Vaccination in the Punjab 1883-1896 - 1883-1896
Year: 1883
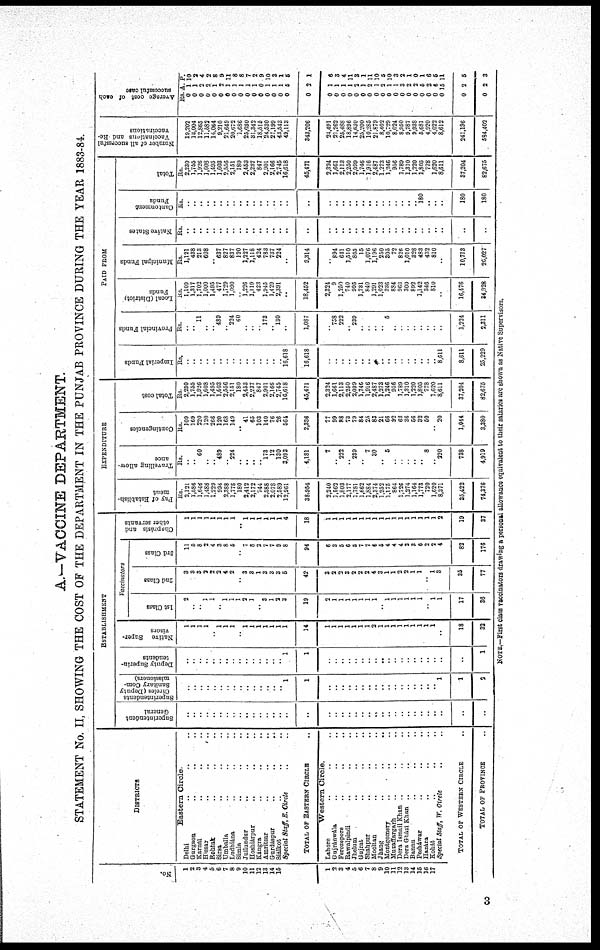
A.-VACCINE DEPARTMENT.
STATEMENT No. II, SHOWING THE COST OF THE DEPARTMENT IN THE PUNJAB PROVINCE DURING THE YEAR 1883-84.
No.
1
2
3
4
5
6
7
8
9
10
11
12
13
14
15
1
2
3
4
5
6
7
8
9
10
11
12
13
14
15
16
17
DISTRICTS
Eastern Circle.
Delhi ... ... ...
Gurgaon ... ... ...
Karnál ... ... ...
Hissar ... ... ...
Rohtak ... ... ...
Sirsa ... ... ...
Umballa ... ... ...
Ludhiána ... ... ...
Simla ... ... ...
Jullundur ... ... ...
Hoshiárpur ... ... ...
Kángra ... ... ...
Amritsar ... ... ...
Gurdaspur ... ... ...
Siálkot ... ... ...
Special Staff. E. Circle ... ...
TOTAL OF EASTERN CIRCLE
Western Circle.
Lahore ... ... ...
Gujránwála ... ... ...
Ferozepore ... ... ...
Rawalpindi ... ... ...
Jhelum ... ... ...
Gujrat ... ... ...
Shahpur ... ... ...
Mooltan ... ... ...
Jhang ... ... ...
Montgomery ... ... ...
Muzaffargarh ... ... ...
Dera Ismail Khan ... ... ...
Dera Gházi Khan ... ... ...
Bannu ... ... ...
Pesháwar ... ... ...
Hazára ... ... ...
Kohát ... ... ...
Special Staff, W. Circle ... ...
TOTAL OF WESTERN CIRCLE ...
TOTAL OF PROVINCE ...
ESTABLISHMENT
Superintendent
General
...
...
...
...
...
...
...
...
...
...
...
...
...
...
...
...
...
...
...
...
...
...
... ...
...
...
...
...
...
...
...
...
...
...
...
...
Superintendents
Circles (Deputy
Sanitary Com-
missioners)
...
...
...
...
...
...
...
...
...
...
...
...
...
...
... 1
1
...
...
...
...
...
...
...
...
...
...
...
...
...
...
...
...
... 1
1
2
Deputy Superin¬
tendents
...
...
...
...
...
... ...
...
...
...
...
...
...
...
... 1
1
...
...
...
...
...
...
...
...
...
...
...
...
...
...
...
...
...
...
...
1
Native
Super-
visors
1
1
1
1
... 1
1
1
... 1
1
1
1
1
1
1
14
1
1
1
1
1
1
1
2
1
1
1
1
1
1
1
1
1
...
18
32
Vaccinators
1st Class
2
1
1
1
1
1
2
1
...
3
1
2 3
19
2
1
1
1
1
1
1
1
... 1
1
1
1
1
1
... 1
1
17
36
2nd Class
3
3
3
2
2
2
4
2
... 3
3
1
3
3
3
5
42
3
2
2
3
2
2
2
4
3
1
1
2
2
1
1
... 1
3
35
77
3rd Class
11
5
8
2
4
3
8
5
... 7
8
2
7
7
9
8
94
6
3
5
6 5
7
7
6
5
4
4
4
3
3
6
2
2
4
82
176
Chaprásis and
other servants
1
1
I
1
1
1
1
1
... 1
1
1
1
1
1
4
18
1
1
1
1
1
1
1
1
1
1
1
1
1
1
1
1
1
2
19
37
EXPENDITURE
Pay of Establish¬
ment
Rs.
2,121
1,586
1,646
1,488
1,229
994
2,388
1,778
180
2,412
2,172
744
2,588
2,078
2,589
12,961
38,954
2,240
1,562
1,803
2,177
1,781
1,662
1,884
2,374
1,252
1,175
864
1,726
1,274
1,164
1,773
720
1,620
8,371
35,422
74,376
Travelling allow-
ance
Rs.
...
... 60
...
... 489
224
...
...
...
... 173
12
130
3,093
4,181
7
... 223
... 239
...
7
30
5
...
...
...
...
...
8
... 220
738
4,919
Contingencies
Rs.
109
169
220
120
266
120
168
149
... 41
65
103
140
76
26
564
2,336
77
99
88
73
79
84
25
83
21
66
92
63
36
56
32
50
... 20
1,044
3,380
Total cost
Rs.
2,230
1,755
1,926
1,608
1,495
1,603
2,556
2,151
180
2,453
2,237
847
2,901
2,166
2,745
16,618
45,471
2,324
1,661
2,113
2,250
2,099
1,746
1,916
2,487
1,273
1,246
956
1,789
1,310
1,220
1,805
778
1,620
8,611
37,204
82,675
PAID FROM
Imperial Funds
Rs.
...
...
...
...
...
...
...
...
...
...
...
...
...
...
... 16,618
16,618
...
...
...
...
...
...
... ...
...
...
...
...
...
...
...
...
... 8,611
8,611
25,229
Provincial Funds
Rs.
...
... 11
...
... 489
... 224
60
...
...
... 173
... 130
...
1,087
... 758
222
... 239
...
...
...
...
5
...
...
...
...
...
...
...
...
1,224
2,311
Local (District)
Funds
Rs.
1,109
1,317
1,702
1,000
l,495
477
1,729
1,090
... 1,226
1,119
423
1,945
l,429
2,391
...
18,452
2,324
9
1,250
740
995
1,731
840
1,291
1,023
946
884
968
300
892
1,142
346
810
...
16,476
34,928
Municipal Funds
Rs.
1,121
438
213
608
... 637
827
837
120
1,227
1,118
424
783
737
224
...
9,314
... 894
641
1,510
865
15
1,076
1,196
250
305
72
826
1,010
328
483
432
810
...
10,713
20,027
Native States
Rs.
...
...
...
...
...
...
...
...
...
...
...
...
...
...
...
...
...
...
...
...
...
...
...
...
...
...
...
...
...
...
...
...
...
...
...
...
Cantonment
Funds
Rs.
...
...
...
...
...
...
...
...
...
...
...
...
...
...
...
...
...
...
...
...
...
...
...
...
...
...
...
...
...
... 180
...
...
...
180
180
Total
Rs.
2,230
1,755
1,926
1,608
1,495
1,603
2,556
2,151
180
2,453
2,237
847
2,901
2,166
2,745
16,618
45,471
2,324
1,661
2,113
2,250
2,099
1,746
1,916
2,487
1,273
1,246
956
1,789
1,310
1,220
1,805
778
1,620
8,611
37,204
82,675
Number of all successful
Vaccinations and Re¬
vaccinations
19,202
13,004
12,865
11,582
14,064
9,210
21,649
20,672
1,686
25,030
31,342
18,515
24,530
27,199
43,543
49,118
343,206
24,491
21,262
25,488
16,896
14,630
25,200
10,285
21,879
8,402
10,729
8,024
8,950
9,787
9,938
5,681
4,920
4,022
8,612
241,196
584,402
Average cost of each
successful case
Rs.
0
0
0
0
0
0
0
0
0
0
0
0
0
0
0
0
0
0
0
0
0
0
0
0
0
0
0
0
0
0
0
0
0
0
0
0
0
A.
1
1
2
2
1
2 1
1
1
1
1
0
1
1
1
5
2
1
1
1
1
2
1
2
1
2
1
1
3
2
2
5
2
6
15
2
2
P.
10
3
4
2
8
9
11
8
8
7
2
9
10
3
1
5
1
6
3
4
11
3
1
11
10
5
10
3
2
1
0
1
6
5
11
5
3
NOTE.—First class vaccinators drawing a personal allowance equivalent to their salaries are shown as Native Supervisors.
3